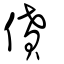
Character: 僨